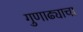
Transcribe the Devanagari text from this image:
गुणाढ्याचा